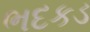
ભદકડ